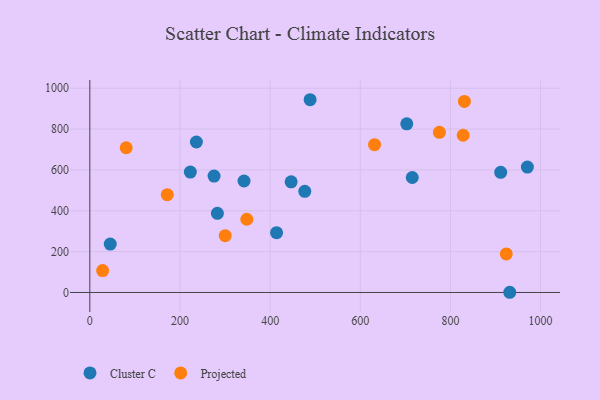
{"axis": {"x": "Distance", "y": "Yield"}, "legend": ["Cluster C", "Projected"], "data": [{"x": "342.1", "y": 545.8, "type": "Cluster C"}, {"x": "703.1", "y": 825.4, "type": "Cluster C"}, {"x": "275.6", "y": 569.9, "type": "Cluster C"}, {"x": "476.9", "y": 495.4, "type": "Cluster C"}, {"x": "446.6", "y": 541.6, "type": "Cluster C"}, {"x": "911.5", "y": 588.1, "type": "Cluster C"}, {"x": "236.4", "y": 736.6, "type": "Cluster C"}, {"x": "970.7", "y": 614.0, "type": "Cluster C"}, {"x": "414.3", "y": 292.9, "type": "Cluster C"}, {"x": "223.0", "y": 589.6, "type": "Cluster C"}, {"x": "715.3", "y": 562.9, "type": "Cluster C"}, {"x": "45.3", "y": 237.2, "type": "Cluster C"}, {"x": "283.0", "y": 387.7, "type": "Cluster C"}, {"x": "488.7", "y": 943.6, "type": "Cluster C"}, {"x": "931.6", "y": 1.0, "type": "Cluster C"}, {"x": "300.4", "y": 277.9, "type": "Projected"}, {"x": "171.8", "y": 478.9, "type": "Projected"}, {"x": "631.6", "y": 723.5, "type": "Projected"}, {"x": "80.7", "y": 708.4, "type": "Projected"}, {"x": "828.3", "y": 769.6, "type": "Projected"}, {"x": "28.4", "y": 107.1, "type": "Projected"}, {"x": "348.3", "y": 358.4, "type": "Projected"}, {"x": "775.5", "y": 783.9, "type": "Projected"}, {"x": "831.0", "y": 935.3, "type": "Projected"}, {"x": "923.9", "y": 188.8, "type": "Projected"}]}